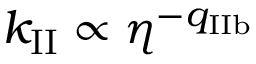
k _ { \mathrm { I I } } \propto \eta ^ { - q _ { \mathrm { I I b } } }